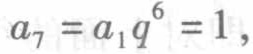
\(a_{7}=a_{1}q^{6}=1\)